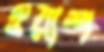
ওয়াশ